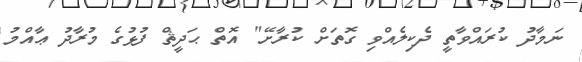
ނަމާދު ކުރައްވާތީ ދެކިލެއްވި ގޮތަށް ކުރާށޭ" އޮތް ޙަދީޘް ފުޅުގެ މުރާދު ޢާއްމު